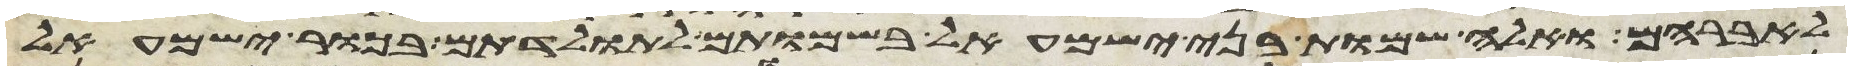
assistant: לאברהם ואלה שמות בני ישמעאל בשמותם לתולדתם בכור ישמעאל